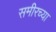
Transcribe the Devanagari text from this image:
समीरच्या